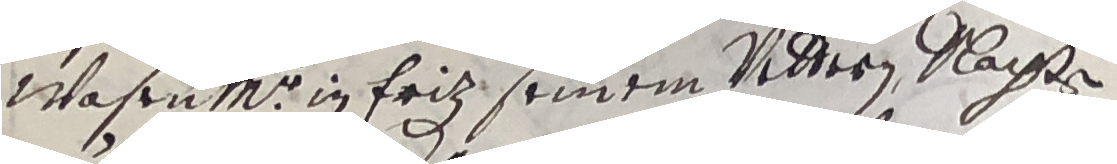
wasenmr in friz seinem vetteren nachten